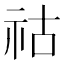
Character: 祜